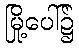
မြို့ပေါ်၌